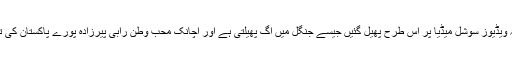
دیکھتے ہی دیکھتے یہ ویڈیوز سوشل میڈیا پر اس طرح پھیل گئیں جیسے جنگل میں آگ پھیلتی ہے اور اچانک محب وطن رابی پیرزادہ پورے پاکستان کی تفریح کا سامان بن گئی۔